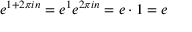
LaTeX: e ^ { 1 + 2 \pi i n } = e ^ { 1 } e ^ { 2 \pi i n } = e \cdot 1 = e